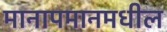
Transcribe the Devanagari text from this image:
मानापमानमधील